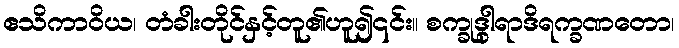
ဧသိကာဝိယ၊ တံခါးတိုင်နှင့်တူ၏ဟူ၍၎င်း။ စက္ခုဒွါရာဒိရက္ခဏတော၊